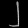
Digit: ၂